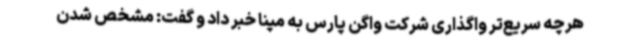
هرچه سریع‌تر واگذاری شرکت واگن پارس به مپنا خبر داد و گفت: مشخص شدن